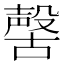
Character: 𣫊